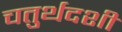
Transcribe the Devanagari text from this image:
चतुर्थदशी